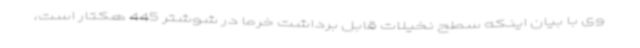
وی با بیان اینکه سطح نخیلات قابل برداشت خرما در شوشتر 445 هکتار است،